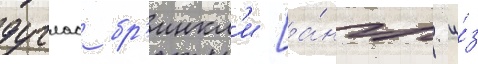
дуглас бр'инкл'и [а́нгл. и́з